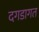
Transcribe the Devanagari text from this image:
दगडागत